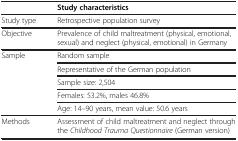
|  | Study characteristics |
 | --- | --- |
 | Study type | Retrospective population survey |
 | Objective | Prevalence of child maltreatment (physical, emotional, sexual) and neglect (physical, emotional) in Germany |
 | <ROWSPAN=5> Sample | Random sample |
 | Representative of the German population |
 | Sample size: 2,504 |
 | Females: 53.2%, males 46.8% |
 | Age: 14–90 years, mean value: 50.6 years |
 | Methods | Assessment of child maltreatment and neglect through the Childhood Trauma Questionnaire (German version) |